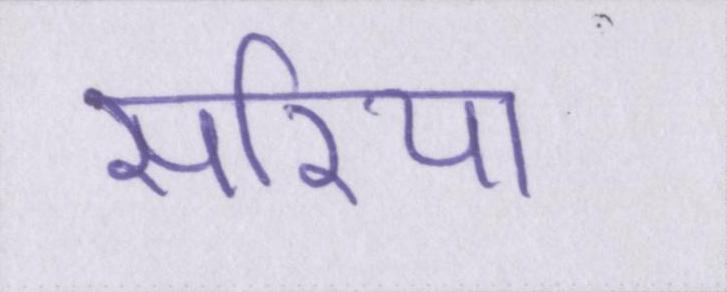
सरिया